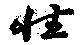
性